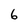
Character: 6